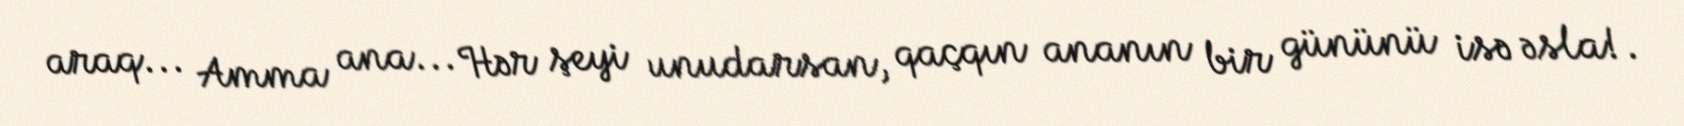
araq... Amma ana... Hər şeyi unudarsan, qaçqın ananın bir gününü isə əsla!.